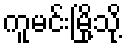
ကူမင်းမြို့သို့